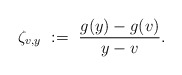
\begin{align*} \zeta_{v,y}\ :=\ {{g(y) - g(v)} \over {y-v}}.\end{align*}